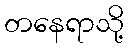
တနေရာသို့